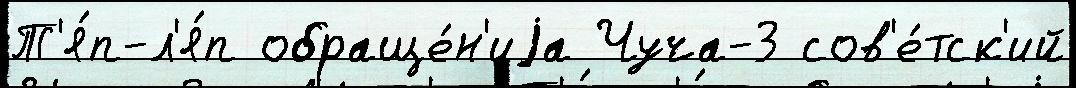
Т'я́п-л'я́п обраще́н'иjа Чуча-3 сов'е́тск'ий